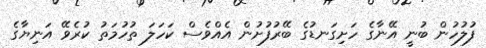
ފުލުހުން ބުނީ އޭނާގެ ހަށިގަނޑުގެ ބޭރުފުށުން އެއްވެސް ކަހަލަ ތުހުމަތު ކުރެވޭ އަނިޔާގެ